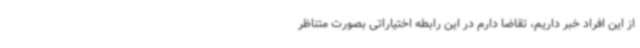
از این افراد خبر داریم، تقاضا دارم در این رابطه اختیاراتی بصورت متناظر